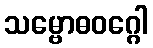
သမ္ဗောဓဝဂ္ဂေါ